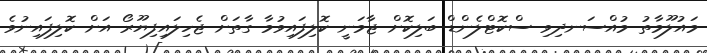
މައުލޫމާތު މުއްސަނދިވި ސްކޮޓްލެންޑް ބަލިކޮށް ޖާމަނީ ކޮލިފައިވުމާ ގާތަށް ޖެހިލައިފިޔޫރޯ އަށް ކޮލިފައިނުވެ